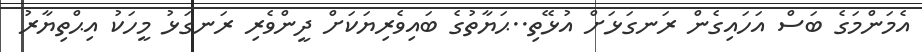
އެމަންމަގެ ބަސް އަހައިގެން ރަނގަޅަށް އުޅޭތި..ޙަޔާތުގެ ބައިވެރިޔަކަށް ދީންވެރި ރަނގަޅު މީހަކު އިޙްތިޔާރު